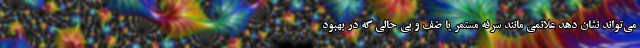
می‌تواند نشان دهد علائمی مانند سرفه مستمر یا ضف و بی حالی که در بهبود